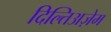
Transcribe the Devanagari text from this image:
दिल्तिअज़ेम